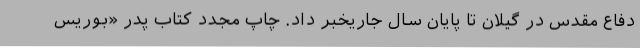
دفاع مقدس در گیلان تا پایان سال جاریخبر داد. چاپ مجدد کتاب پدر «بوریس